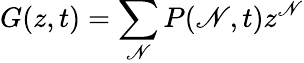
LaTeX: G(z,t)=\sum_{\mathscr{N}}P(\mathscr{N},t)z^{\mathscr{N}}